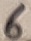
Text: 6